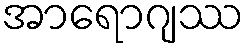
အာရောဂျဿ